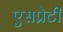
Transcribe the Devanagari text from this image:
एसप्रेटी